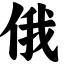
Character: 俄